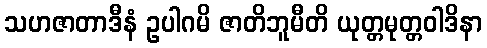
သဟဇာတာဒီနံ ဥပါဂမိ ဇာတိဘူမီတိ ယုတ္တမုတ္တဝါဒိနာ